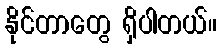
နိုင်တာတွေ ရှိပါတယ်။